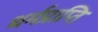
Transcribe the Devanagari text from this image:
धर्मप्राप्ति